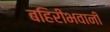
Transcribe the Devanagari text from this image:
बहिरीभवानी